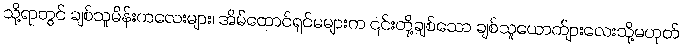
သို့ရာတွင် ချစ်သူမိန်းကလေးများ၊ အိမ်ထောင်ရှင်မများက ၎င်းတို့ချစ်သော ချစ်သူယောက်ျားလေးသို့မဟုတ်